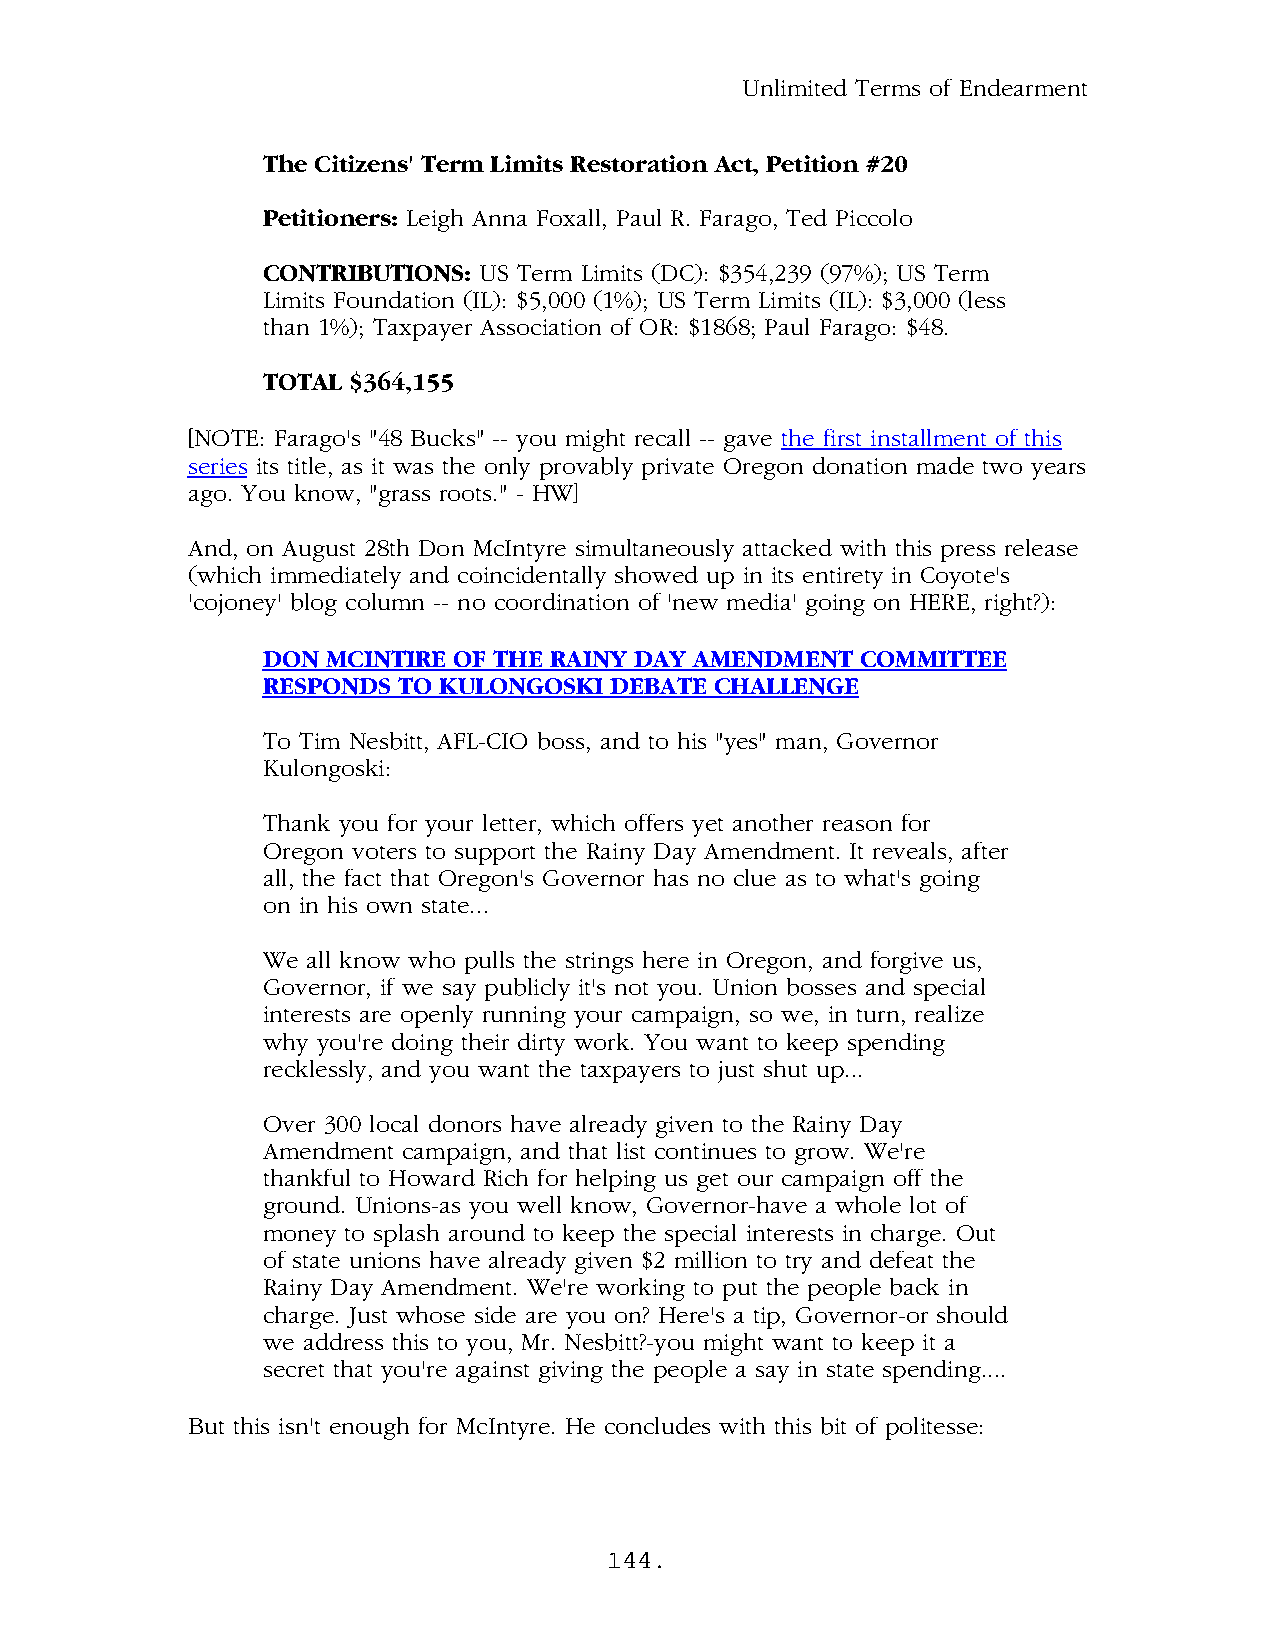
Unlimited Terms of Endearment
 The Citizens' Term Limits Restoration Act, Petition #20
 Petitioners: Leigh Anna Foxall, Paul R. Farago, Ted Piccolo
 CONTRIBUTIONS: US Term Limits (DC): $354,239 (97%); US Term
 Limits Foundation (IL): $5,000 (1%); US Term Limits (IL): $3,000 (less
 than 1%); Taxpayer Association of OR: $1868; Paul Farago: $48.
 TOTAL $364,155
 [NOTE: Farago's "48 Bucks" -- you might recall -- gave the first installment of this
 series its title, as it was the only provably private Oregon donation made two years
 ago. You know, "grass roots." - HW]
 And, on August 28th Don McIntyre simultaneously attacked with this press release
 (which immediately and coincidentally showed up in its entirety in Coyote's
 'cojoney' blog column -- no coordination of 'new media' going on HERE, right?):
 DON  MCINTIRE OF THE RAINY DAY AMENDMENT COMMITTEE
 RESPONDS TO KULONGOSKI DEBATE CHALLENGE
 To Tim Nesbitt, AFL-CIO boss, and to his "yes" man, Governor
 Kulongoski:
 Thank you for your letter, which offers yet another reason for
 Oregon voters to support the Rainy Day Amendment. It reveals, after
 all, the fact that Oregon's Governor has no clue as to what's going
 on in his own state...
 We all know who pulls the strings here in Oregon, and forgive us,
 Governor, if we say publicly it's not you. Union bosses and special
 interests are openly running your campaign, so we, in turn, realize
 why you're doing their dirty work. You want to keep spending
 recklessly, and you want the taxpayers to just shut up...
 Over 300 local donors have already given to the Rainy Day
 Amendment campaign, and that list continues to grow. We're
 thankful to Howard Rich for helping us get our campaign off the
 ground. Unions-as you well know, Governor-have a whole lot of
 money to splash around to keep the special interests in charge. Out
 of state unions have already given $2 million to try and defeat the
 Rainy Day Amendment. We're working to put the people back in
 charge. Just whose side are you on? Here's a tip, Governor-or should
 we address this to you, Mr. Nesbitt?-you might want to keep it a
 secret that you're against giving the people a say in state spending....
 But this isn't enough for McIntyre. He concludes with this bit of politesse:
 144.